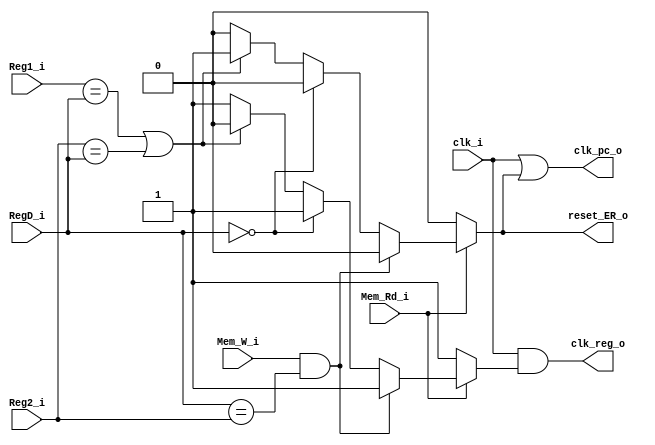
module Stall_gen(
	input Mem_Rd_i,
	input Mem_W_i,
	input clk_i,
	input [4:0]Reg1_i,
	input [4:0]Reg2_i,
	input [4:0]RegD_i,
	
	output clk_pc_o,
	output clk_reg_o,
	output reg reset_ER_o
	
);

reg pc_clk;
reg reg_clk;

assign clk_reg_o = clk_i & reg_clk;
assign clk_pc_o = clk_i | pc_clk;

always@(Mem_Rd_i or Mem_W_i or RegD_i or Reg2_i)
	begin
		if(Mem_Rd_i)
			begin
				if(Mem_W_i && (RegD_i == Reg2_i))
					begin
						pc_clk = 1'b0;
						reg_clk = 1'b1;
						reset_ER_o = 1'b0;
					end
				else
					begin
						if(RegD_i == 0)
							begin
								pc_clk = 1'b0;
								reg_clk = 1'b1;
								reset_ER_o = 1'b0;
							end
						else
							begin
								if(Reg1_i == RegD_i || Reg2_i == RegD_i)
									begin
										pc_clk = 1'b1;
										reg_clk = 1'b0;
										reset_ER_o = 1'b1;
									end
								else
									begin
										reg_clk = 1'b1;
										pc_clk = 1'b0;
										reset_ER_o = 1'b0;
									end
							end
					end
			end
		else
			begin
				pc_clk = 1'b0;
				reg_clk = 1'b1;
				reset_ER_o = 1'b0;
			end
	end


endmodule